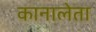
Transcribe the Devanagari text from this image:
कानालेता